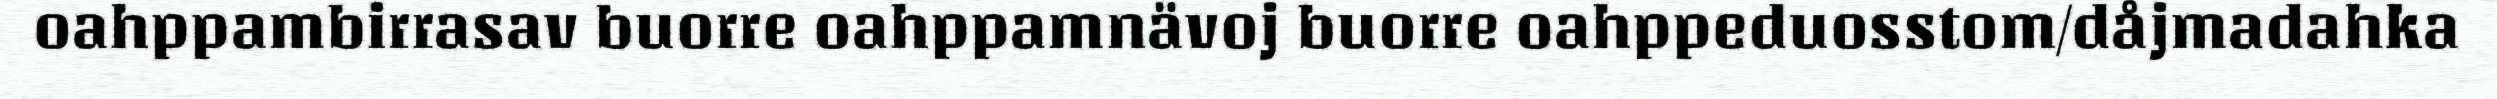
oahppambirrasav buorre oahppamnävoj buorre oahppeduosstom/dåjmadahka